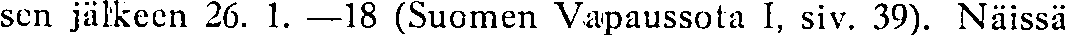
sen jäkkeen 26. 1. —18 (Suomen Vapaussota I1 siv. 39). Näissä